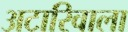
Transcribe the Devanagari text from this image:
अटारिवाला